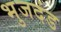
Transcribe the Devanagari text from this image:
भुजदंड